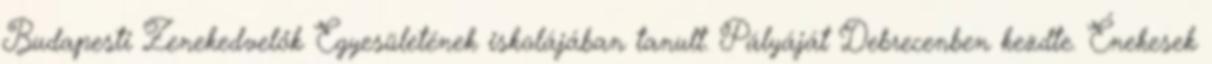
Budapesti Zenekedvelők Egyesületének iskolájában tanult. Pályáját Debrecenben kezdte. Énekesek